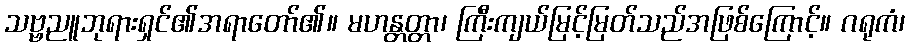
သဗ္ဗညူဘုရားရှင်၏အရာတော်၏။ မဟန္တတ္တာ၊ ကြီးကျယ်မြင့်မြတ်သည်အဖြစ်ကြောင့်။ ဂရုကံ၊